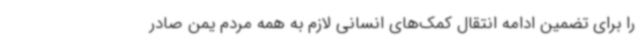
را برای تضمین ادامه انتقال کمک‌های انسانی لازم به همه مردم یمن صادر